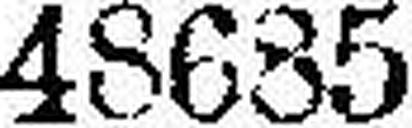
48685